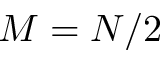
M = N / 2